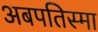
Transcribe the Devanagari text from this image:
अबपतिस्मा